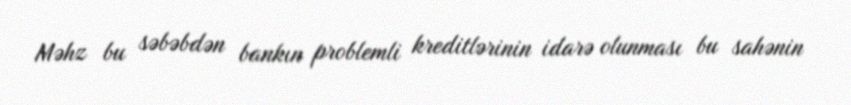
Məhz bu səbəbdən bankın problemli kreditlərinin idarə olunması bu sahənin